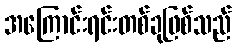
အကြောင်းရင်းတစ်ခုဖြစ်သည်